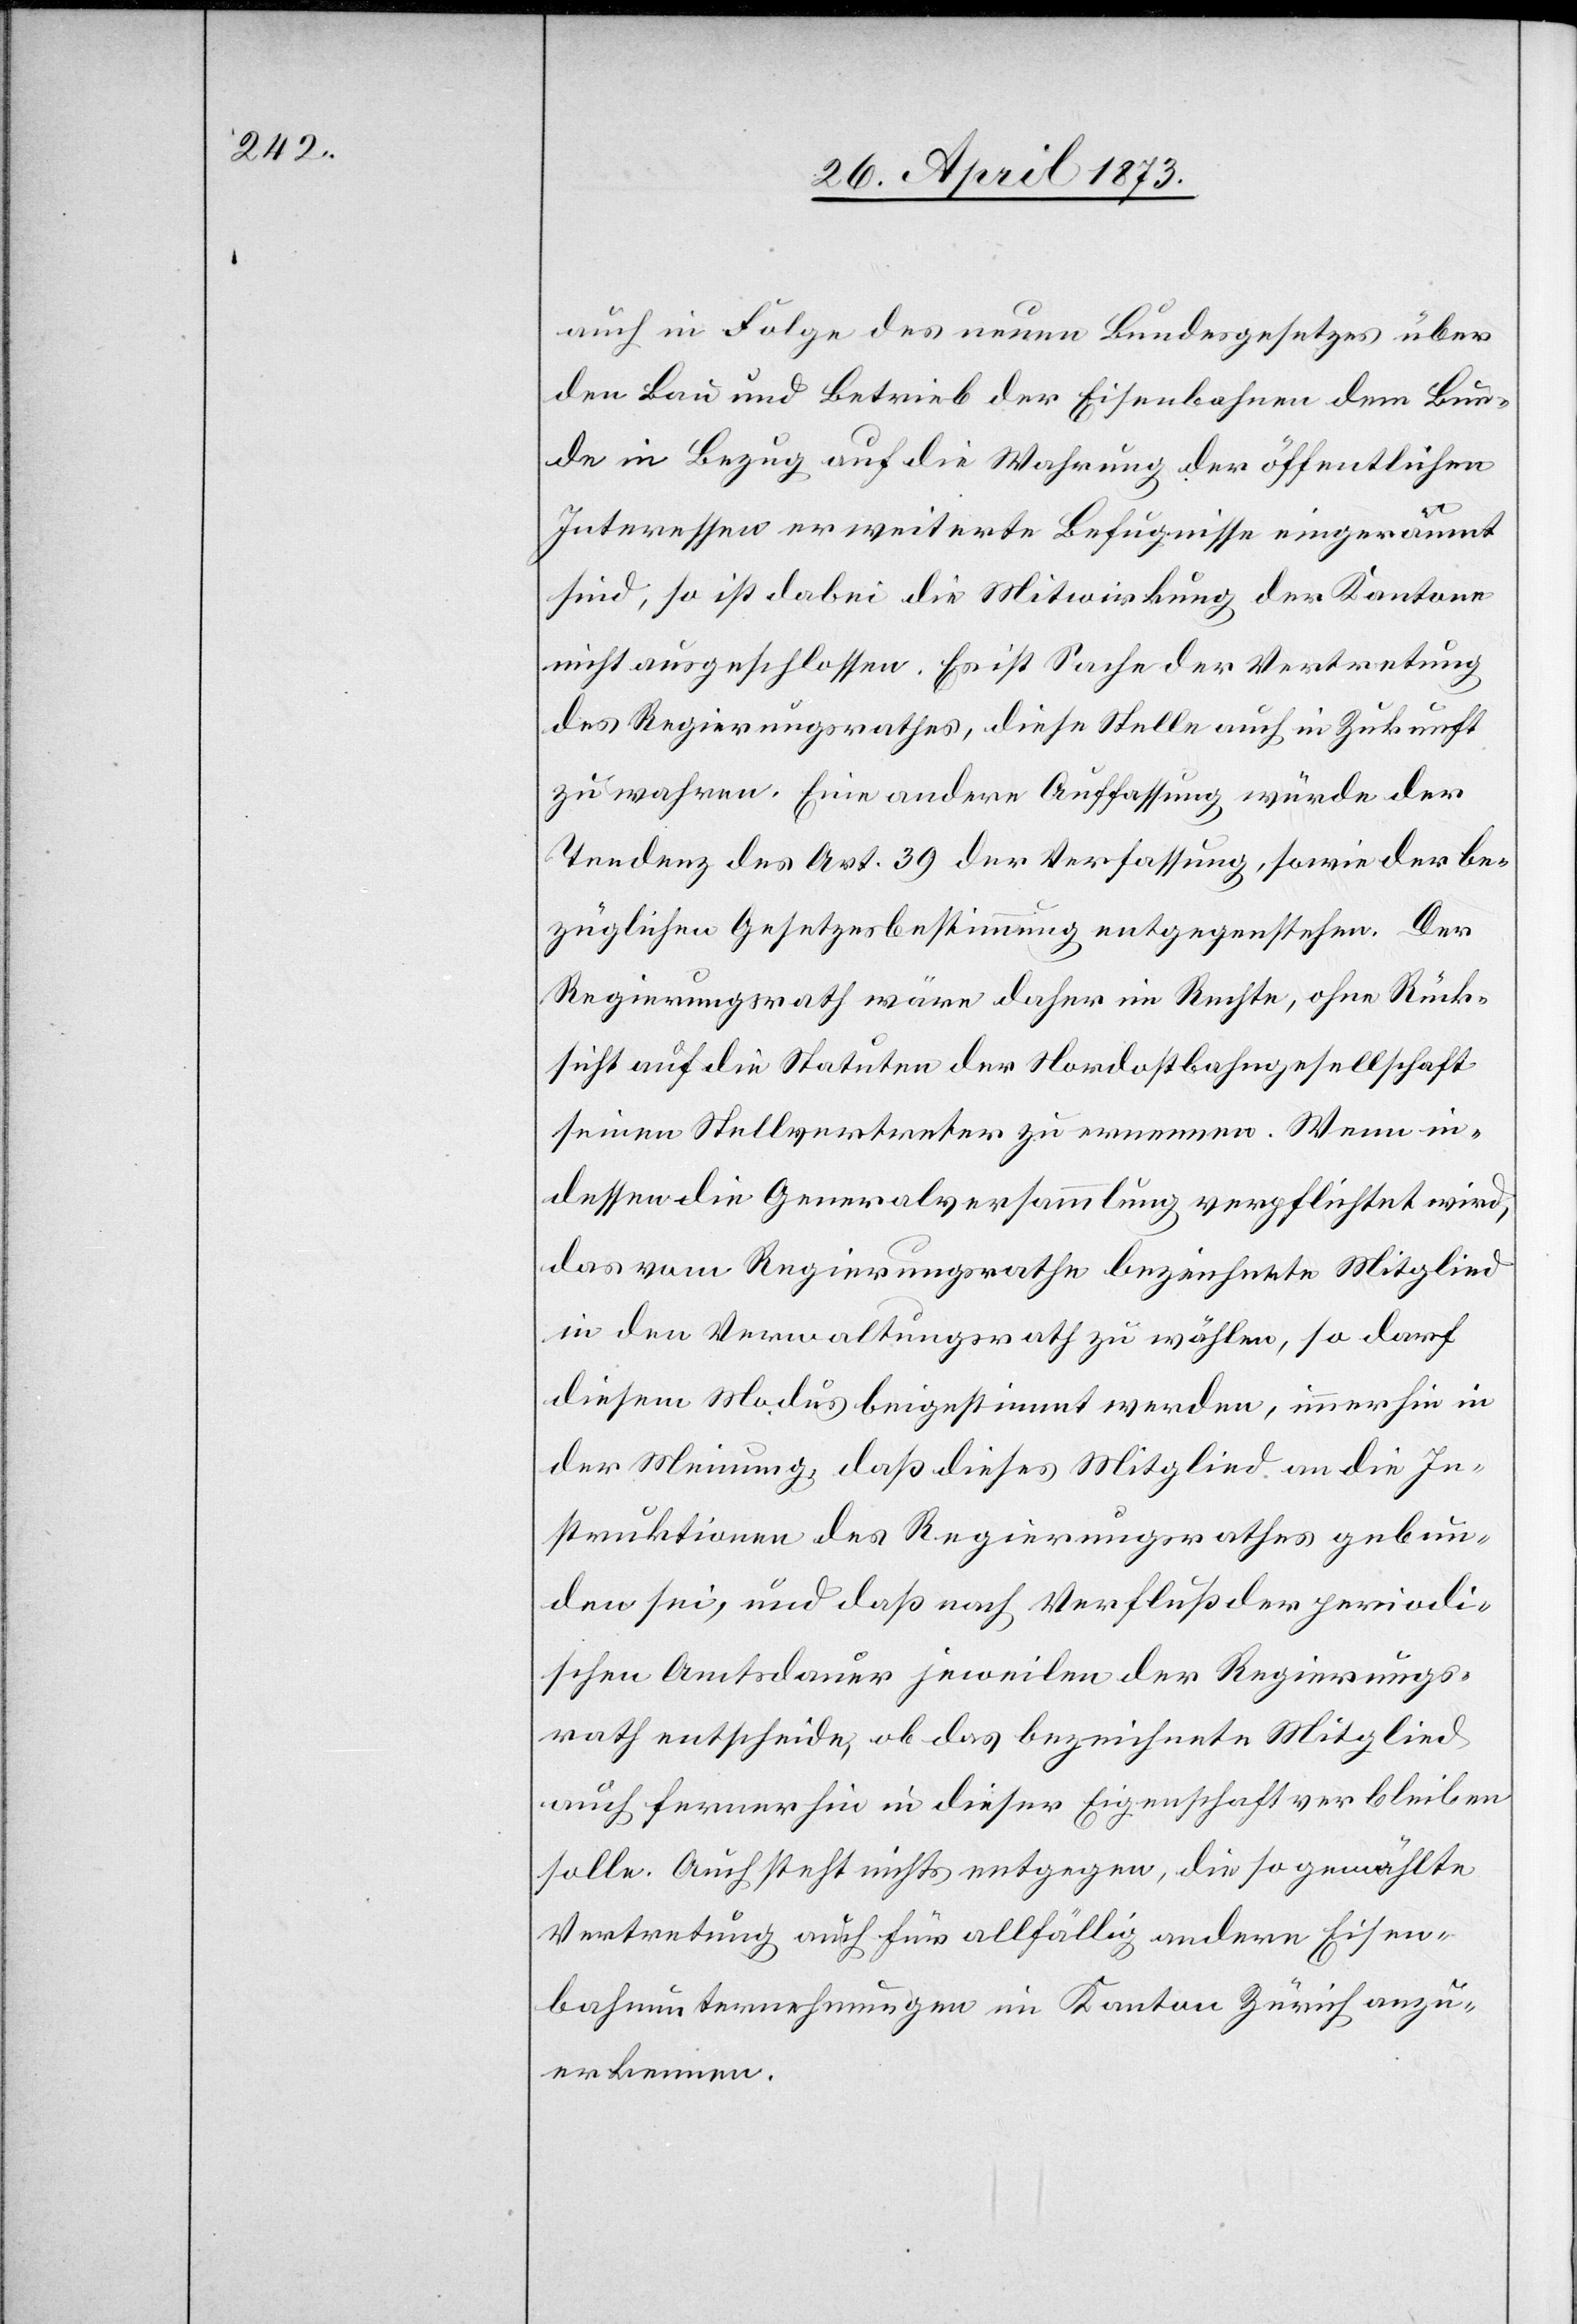
auch in Folge des neuen Bundesgesetzes über
den Bau und Betrieb der Eisenbahnen dem Bun¬
de in Bezug auf die Wahrung der öffentlichen
Interessen erweiterte Befugnisse eingeräumt
sind, so ist dabei die Mitwirkung der Kantone
nicht ausgeschlossen. Es ist Sache der Vertretung
des Regierungsrathes, diese Stelle auch in Zukunft
zu wahren. Eine andere Auffassung würde der
Tendenz des Art. 39 der Verfassung, sowie der be¬
züglichen Gesetzesbestimmung entgegenstehen. Der
Regierungsrath wäre daher im Rechte, ohne Rück¬
sicht auf die Statuten der Nordostbahngesellschaft
seinen Stellvertreter zu ernennen. Wenn in¬
dessen die Generalversammlung verpflichtet wird,
das vom Regierungsrathe bezeichnete Mitglied
in den Verwaltungsrath zu wählen, so darf
diesem Modus beigestimmt werden, immerhin in
der Meinung, daß dieses Mitglied an die In¬
struktionen des Regierungsrathes gebun¬
den sei, und daß nach Verfluß der periodi¬
schen Amtsdauer jeweilen der Regierungs¬
rath entscheide, ob das bezeichnete Mitglied
auch ferner hin in dieser Eigenschaft verblieben
solle. Auch steht nichts entgegen, die so gewählte
Vertretung auch für allfällig andere Eisen¬
bahnunternehmungen im Kanton Zürich anzu¬
erkennen.